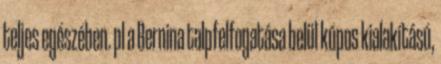
teljes egészében. pl a Bernina talpfelfogatása belül kúpos kialakítású,